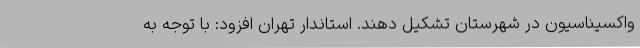
واکسیناسیون در شهرستان تشکیل دهند. استاندار تهران افزود: با توجه به